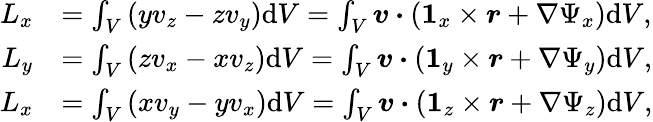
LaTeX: \begin{array}{rl}{L_{x}}&{=\int_{V}\left(yv_{z}-zv_{y}\right)\mathrm{d}V=\int_{V}\boldsymbol{v}\boldsymbol{\cdot}\left(\boldsymbol{1}_{x}\times\boldsymbol{r}+\nabla\Psi_{x}\right)\mathrm{d}V,}\\ {L_{y}}&{=\int_{V}\left(zv_{x}-xv_{z}\right)\mathrm{d}V=\int_{V}\boldsymbol{v}\boldsymbol{\cdot}\left(\boldsymbol{1}_{y}\times\boldsymbol{r}+\nabla\Psi_{y}\right)\mathrm{d}V,}\\ {L_{x}}&{=\int_{V}\left(xv_{y}-yv_{x}\right)\mathrm{d}V=\int_{V}\boldsymbol{v}\boldsymbol{\cdot}\left(\boldsymbol{1}_{z}\times\boldsymbol{r}+\nabla\Psi_{z}\right)\mathrm{d}V,}\end{array}